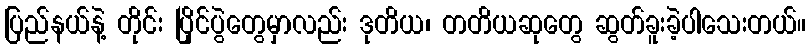
ပြည်နယ်နဲ့ တိုင်း ပြိုင်ပွဲတွေမှာလည်း ဒုတိယ၊ တတိယဆုတွေ ဆွတ်ခူးခဲ့ပါသေးတယ်။